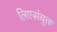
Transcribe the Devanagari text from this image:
लिएसंयुक्त